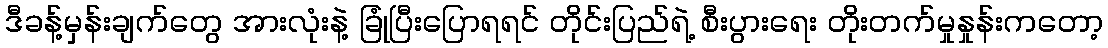
ဒီခန့်မှန်းချက်တွေ အားလုံးနဲ့ ခြုံပြီးပြောရရင် တိုင်းပြည်ရဲ့ စီးပွားရေး တိုးတက်မှုနှုန်းကတော့